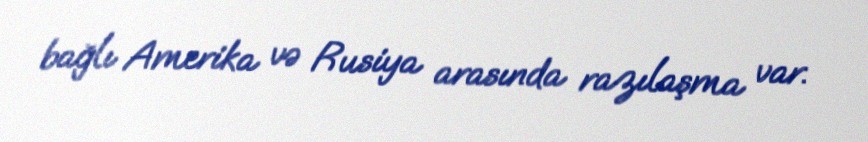
bağlı Amerika və Rusiya arasında razılaşma var.